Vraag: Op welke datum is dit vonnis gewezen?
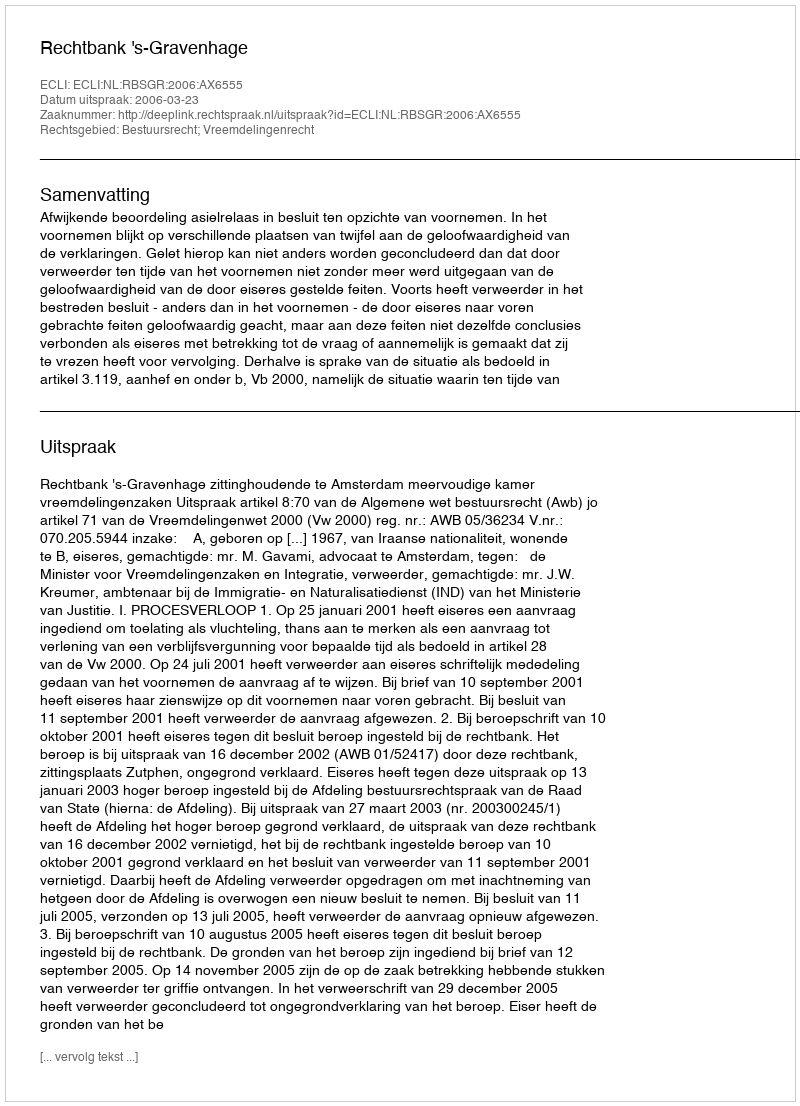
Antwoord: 2006-03-23